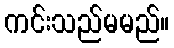
ကင်းသည်မမည်။